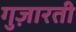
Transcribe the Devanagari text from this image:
गुज़ारती